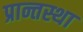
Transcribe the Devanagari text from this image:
प्रान्तस्था